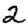
Digit: 2